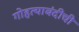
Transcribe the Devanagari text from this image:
गोहत्याबंदीची